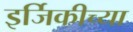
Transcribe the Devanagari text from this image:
इर्जिकीच्या